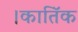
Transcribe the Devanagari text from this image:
।कातिॅक